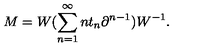
M = W ( \sum _ { n = 1 } ^ { \infty } n t _ { n } \partial ^ { n - 1 } ) W ^ { - 1 } .